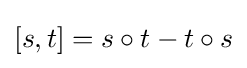
[s,t]=s\circ t-t\circ s